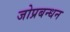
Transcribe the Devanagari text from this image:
जोप्रबन्धन